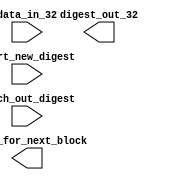
//===========================================================================
// $Id: sha_1_digest.v,v 1.3 2001-08-31 11:11:04 bbeaver Exp $
//
// Copyright 2001 Blue Beaver.  All Rights Reserved.
//
// Summary:  Calculate SHA1 digest of some data.
//           This algorithm is specified in FIPS PUB 180-1
//           See: http://csrc.nist.gov/cryptval/shs.html
//           See also: http://csrc.nist.gov/cryptval/shs/sha1-vectors.zip
//           See also: http://www.w3.org/PICS/DSig/SHA1_1_0.html
//           See also: http://www.altera.com/literature/wp/wp_hcores_sha1.pdf
//
// This library is free software; you can distribute it and/or modify it
// under the terms of the GNU Lesser General Public License as published
// by the Free Software Foundation; either version 2.1 of the License, or
// (at your option) any later version.
//
// This library is distributed in the hope that it will be useful, but
// WITHOUT ANY WARRANTY; without even the implied warranty of
// MERCHANTABILITY or FITNESS FOR A PARTICULAR PURPOSE.
// See the GNU Lesser General Public License for more details.
//
// You should have received a copy of the GNU Lesser General Public License
// along with this library.  If not, write to
// Free Software Foundation, Inc.
// 59 Temple Place, Suite 330
// Boston, MA 02111-1307 USA
//
// Author's note about this license:  The intention of the Author and of
// the Gnu Lesser General Public License is that users should be able to
// use this code for any purpose, including combining it with other source
// code, combining it with other logic, translated it into a gate-level
// representation, or projected it into gates in a programmable or
// hardwired chip, as long as the users of the resulting source, compiled
// source, or chip are given the means to get a copy of this source code
// with no new restrictions on redistribution of this source.
//
// If you make changes, even substantial changes, to this code, or use
// substantial parts of this code as an inseparable part of another work
// of authorship, the users of the resulting IP must be given the means
// to get a copy of the modified or combined source code, with no new
// restrictions on redistribution of the resulting source.
//
// Separate parts of the combined source code, compiled code, or chip,
// which are NOT derived from this source code do NOT need to be offered
// to the final user of the chip merely because they are used in
// combination with this code.  Other code is not forced to fall under
// the GNU Lesser General Public License when it is linked to this code.
// The license terms of other source code linked to this code might require
// that it NOT be made available to users.  The GNU Lesser General Public
// License does not prevent this code from being used in such a situation,
// as long as the user of the resulting IP is given the means to get a
// copy of this component of the IP with no new restrictions on
// redistribution of this source.
//
// This code was developed using VeriLogger Pro, by Synapticad.
// Their support is greatly appreciated.
//
// NOTE:  Calculate a Message Digest as specified by the SHA-1 algorithm.
//        Return a 160-bit Digest.
//
// NOTE:  The SHA-1 algorithm applies to 512-BIT blocks.  Operations
//          are applied to 32-bit words.  Each block is 16 words long.
//
// NOTE:  The SHA-1 algorithm uses these following operations:
//        &, |, ^, ~, +, <<<> (shift left circular a constant distance)
//
// NOTE:  The first step applied to the Data is to pad it to a block boundry:
//         1) Take a message expressed as a string of BITS!
//         2) Append a 1'b1 to the end of the string
//         3) Append enough 1'b0s to fill the block up to
//              512 - 64 bits.
//         4) Append the number of bits in the ORIGINAL message,
//              expressed as a 64 bit number, MSB bit first, to
//              the message.
//
// NOTE:  A sequence of 80ogical Functions are defined:
//         1) Functions 0 thru 19:  f(t)(B,C,D) = (B & C) | (~B & D);
//         2) Functions 20 thru 39: f(t)(B,C,D) = B ^ C ^ D;
//         3) Functions 40 thru 59: f(t)(B,C,D) = (B & C) | (B & D) | (C & D);
//         4) Functions 60 thru 79: f(t)(B,C,D) = B ^ C ^ D;
//
// NOTE:  A sequence of 80 Constants are defined:
//         1) Constants 0 thru 19:  K(t) = 32'h5A827999;
//         2) Constants 20 thru 39: K(t) = 32'h6ED9EBA1;
//         3) Constants 40 thru 59: K(t) = 32'h8F1BBCDC;
//         4) Constants 60 thru 79: K(t) = 32'hCA62C1D6;
//
// NOTE:  The calculation of the Digest uses 2 buffers, each with 5 32-bit words.
//          The entries in the first buffer are called A, B, C, D, and E;
//          The entries in the second buffer are called H_0, H_1, H_2, H_3, H_4;
//        In addition, it uses a sequence of 80 32-bit words for state, called
//          W_0, W_1, ..., W_79;
//        A single 32-bit TEMP is also used.
//
// NOTE:  At the start of a Digest calculation, the H_* elements are initialized.
//         a) H_0 = 32'h67452301;
//            H_1 = 32'hEFCDAB89;
//            H_2 = 32'h98BADCFE;
//            H_3 = 32'h10325476;
//            H_4 = 32'hC3D2E1F0;
//
// NOTE:  Finally, each block (including the last padded block) is worked on:
//        Consider each block as 16 32-bit words.
//         b) Copy the block into the first 16 words of W memory, with W_0
//              the Most Significant word of the block.
//         c) For t = 16 to 79, W(t) = Shift Left Circular by 1 of
//              (W(t - 3) ^ W(t - 8) ^ W(t - 14) ^ W(t - 16));
//         d) Assign A = H_0; B = H_1; C = H_2; D = H_3; E = H_4;
//         e) For t = 0 thru 79, do:
//         f)   TEMP = shift left circular by 5 (A) + f(t)(B,C,D) + E + W(t) + K(t);
//         g)   E = D; D = C; C = shift left circular by 30 of (B); B = A; A = TEMP;
//         h) After each block, H_0 = H_0 + A, H_1 = H_1 + B; H_2 = H_2 + C; H_3 = H_3 + D, H_4 = H_4 + E;
//        After the last block is operated on, the Digest is {H_0, H_1, H_2, H_3, H_4};
//
// NOTE:  The standard gives an alternate method of comultation, in chapter 8, which
//          uses 16 words of storage instead of 80.  This is possible because the
//          entries in the W array are only written, read 4 times, and discarded.
//        It works this way:
//         b) Copy block into W memory as in b) above.
//         c) Assign A = H_0; B = H_1; C = H_2; D = H_3; E = H_4 as in d) above.
//         d) For t = 0 thru 15, do:
//         e)   Calculate a modified address s = t & 7'h0F;
//         f)   TEMP = shift left circular by 5 (A) + f(t)(B,C,D) + E + W(s) + K(t);
//         g)   E = D; D = C; C = shift left circular by 30 of (B); B = A; A = TEMP;
//         h) For t = 16 thru 79, do:
//         i)   Calculate a modified address s = t & 7'h0F;
//         j)   W(s) = shift left circular by 1 of
//                         (   W((s + 13) & 7'h0F) ^ W((s + 8) & 7'h0F)
//                           ^ W((s + 2)  & 7'h0F) ^ W((s + 0) & 7'h0F));
//         k)   TEMP = shift left circular by 5 (A) + f(t)(B,C,D) + E + W(s) + K(t);
//         l)   E = D; D = C; C = shift left circular by 30 of (B); B = A; A = TEMP;
//         m) After each block, H_0 = H_0 + A, H_1 = H_1 + B; H_2 = H_2 + C; H_3 = H_3 + D, H_4 = H_4 + E;
//        After the last block is operated on, the Digest is {H_0, H_1, H_2, H_3, H_4};
//
// NOTE:  There are 4 Memory Reads and 1 Memory Write per iteration.  The obvious
//          way to do these are as references to a single-port memory.  It would
//          be 20% faster to use a dual-port memory, and do the last read and the
//          write at the same time.  It would be even faster if 2 words could be
//          read out of the Ram per clock, either by implementing the RAM as a
//          bunch of flops followed by MUXes, as a 2-read SRAM, or as 2 copies of
//          an SRAM which can read 1 word per clock.
//
// NOTE:  There is one place above where 5 numbers are added together.  This might
//          turn out to be slow.  They can be done sequentially.  It might also be
//          possible to use 2 adders in parallel to do this faster.  It might finally
//          possible to use a Wallace Tree adder scheme.  This will unfortunately
//          NOT fit will into an FPGA with a fast adder built-in.
//
// NOTE: Using a single-port SRAM, it looks like it would take 16 + (5 * 64) = 336
//          clocks to handle a 64-byte block.
//       Using a RAM which can write at the same time it can read, it looks like it
//          would take 16 + (4 * 64) = 272 clocks.
//       If 2 reads per clock were possible, followed by a write, it looks like it
//          would take 16 + (3 * 64) = 208 clocks.  But 2 adds would need to be done
//          in parallel.
//       If 2 reads per clock were possible, and the write overlapped the second
//          read phase, it looks like it would take 16 + (2 * 64) = 144 clocks.
//          Again, 2 reads would need to be done per clock.
//       If ALL reads could happen at the same time, and the 4 adds happened at
//          the same time, it looks like this could be done in 80 clocks.
//       If ALL reads could happen at the same time, and more than 1 write could
//          happen per clock, I don't see any reason why things couldn't happen
//          EVEN FASTER.  It seems possible to do 2 results per clock trivially.
//          Using much hardware, it seems possible to do 1 block in 40 clocks.
//          To achieve this, the user would have to offer 2 data items per clock
//          during the first 8 clocks.
//       Those are the choices.  An 8-to-1 range in the number of clocks.  I imagine
//          that the faster version would need 8 times as much logic, though!
//
// NOTE:  The standard gives 2 example messages:
//        {8'h61, 8'h62, 8'h63} results in the digest
//        {32'hA9993E36, 32'h4706816A, 32'hBA3E2571, 32'h7850C26C, 32'h9CD0D89D}
//
//        The message with ascii representation (no parity bit)
//          "abcdbcdecdefdefgefghfghighijhijkijkljklmklnmlmnomnopnopq"
//        results in a 2-block message with digest
//        {32'h84983E44, 32'h1C3BD26E, 32'hBAAE4AA1, 32'hF95129E5, 32'hE54670F1}
//
//        The message consisting of 1 million "a" characters results in digest
//        {32'h34AA973C, 32'hD4C4DAA4, 32'hF61EEB2B, 32'hDBAD2731, 32'h6534016F}
//
//        More test messages are available via the reference at the top.
//
//===========================================================================

`timescale 1ns/1ps

module sha_1_digest_336_clocks (
  start_new_digest,
  data_in_32,
  ready_for_next_block,
  march_out_digest,
  digest_out_32
);
  input   start_new_digest;
  input  [31:0] data_in_32;
  output  ready_for_next_block;
  input   march_out_digest;
  output [31:0] digest_out_32;

// The simplest version.

endmodule